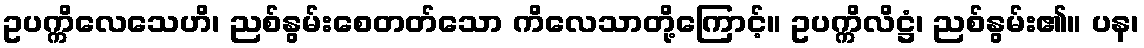
ဥပက္ကိလေသေဟိ၊ ညစ်နွမ်းစေတတ်သော ကိလေသာတို့ကြောင့်။ ဥပက္ကိလိဋ္ဌံ၊ ညစ်နွမ်း၏။ ပန၊